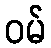
ဝမ်